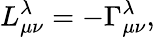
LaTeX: L_{\mu\nu}^{\lambda}=-\Gamma_{\mu\nu}^{\lambda},